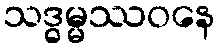
သဒ္ဓမ္မဿဝနေ